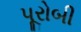
પૂરોબી